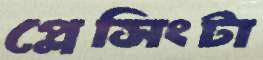
প্লেসিংটা